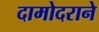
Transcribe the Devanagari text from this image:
दामोदराने